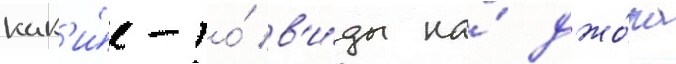
как'и́е-то́ в'и́ды на́ джо́на